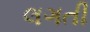
લગતી